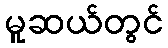
မူဆယ်တွင်